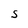
Character: S